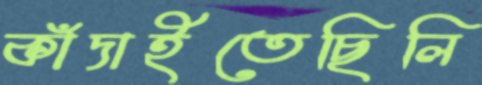
কাঁদাইতেছিলি